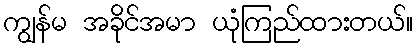
ကျွန်မ အခိုင်အမာ ယုံကြည်ထားတယ်။